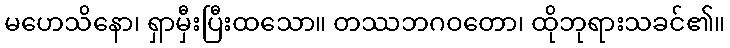
မဟေသိနော၊ ရှာမှီးပြီးထသော။ တဿဘဂဝတော၊ ထိုဘုရားသခင်၏။